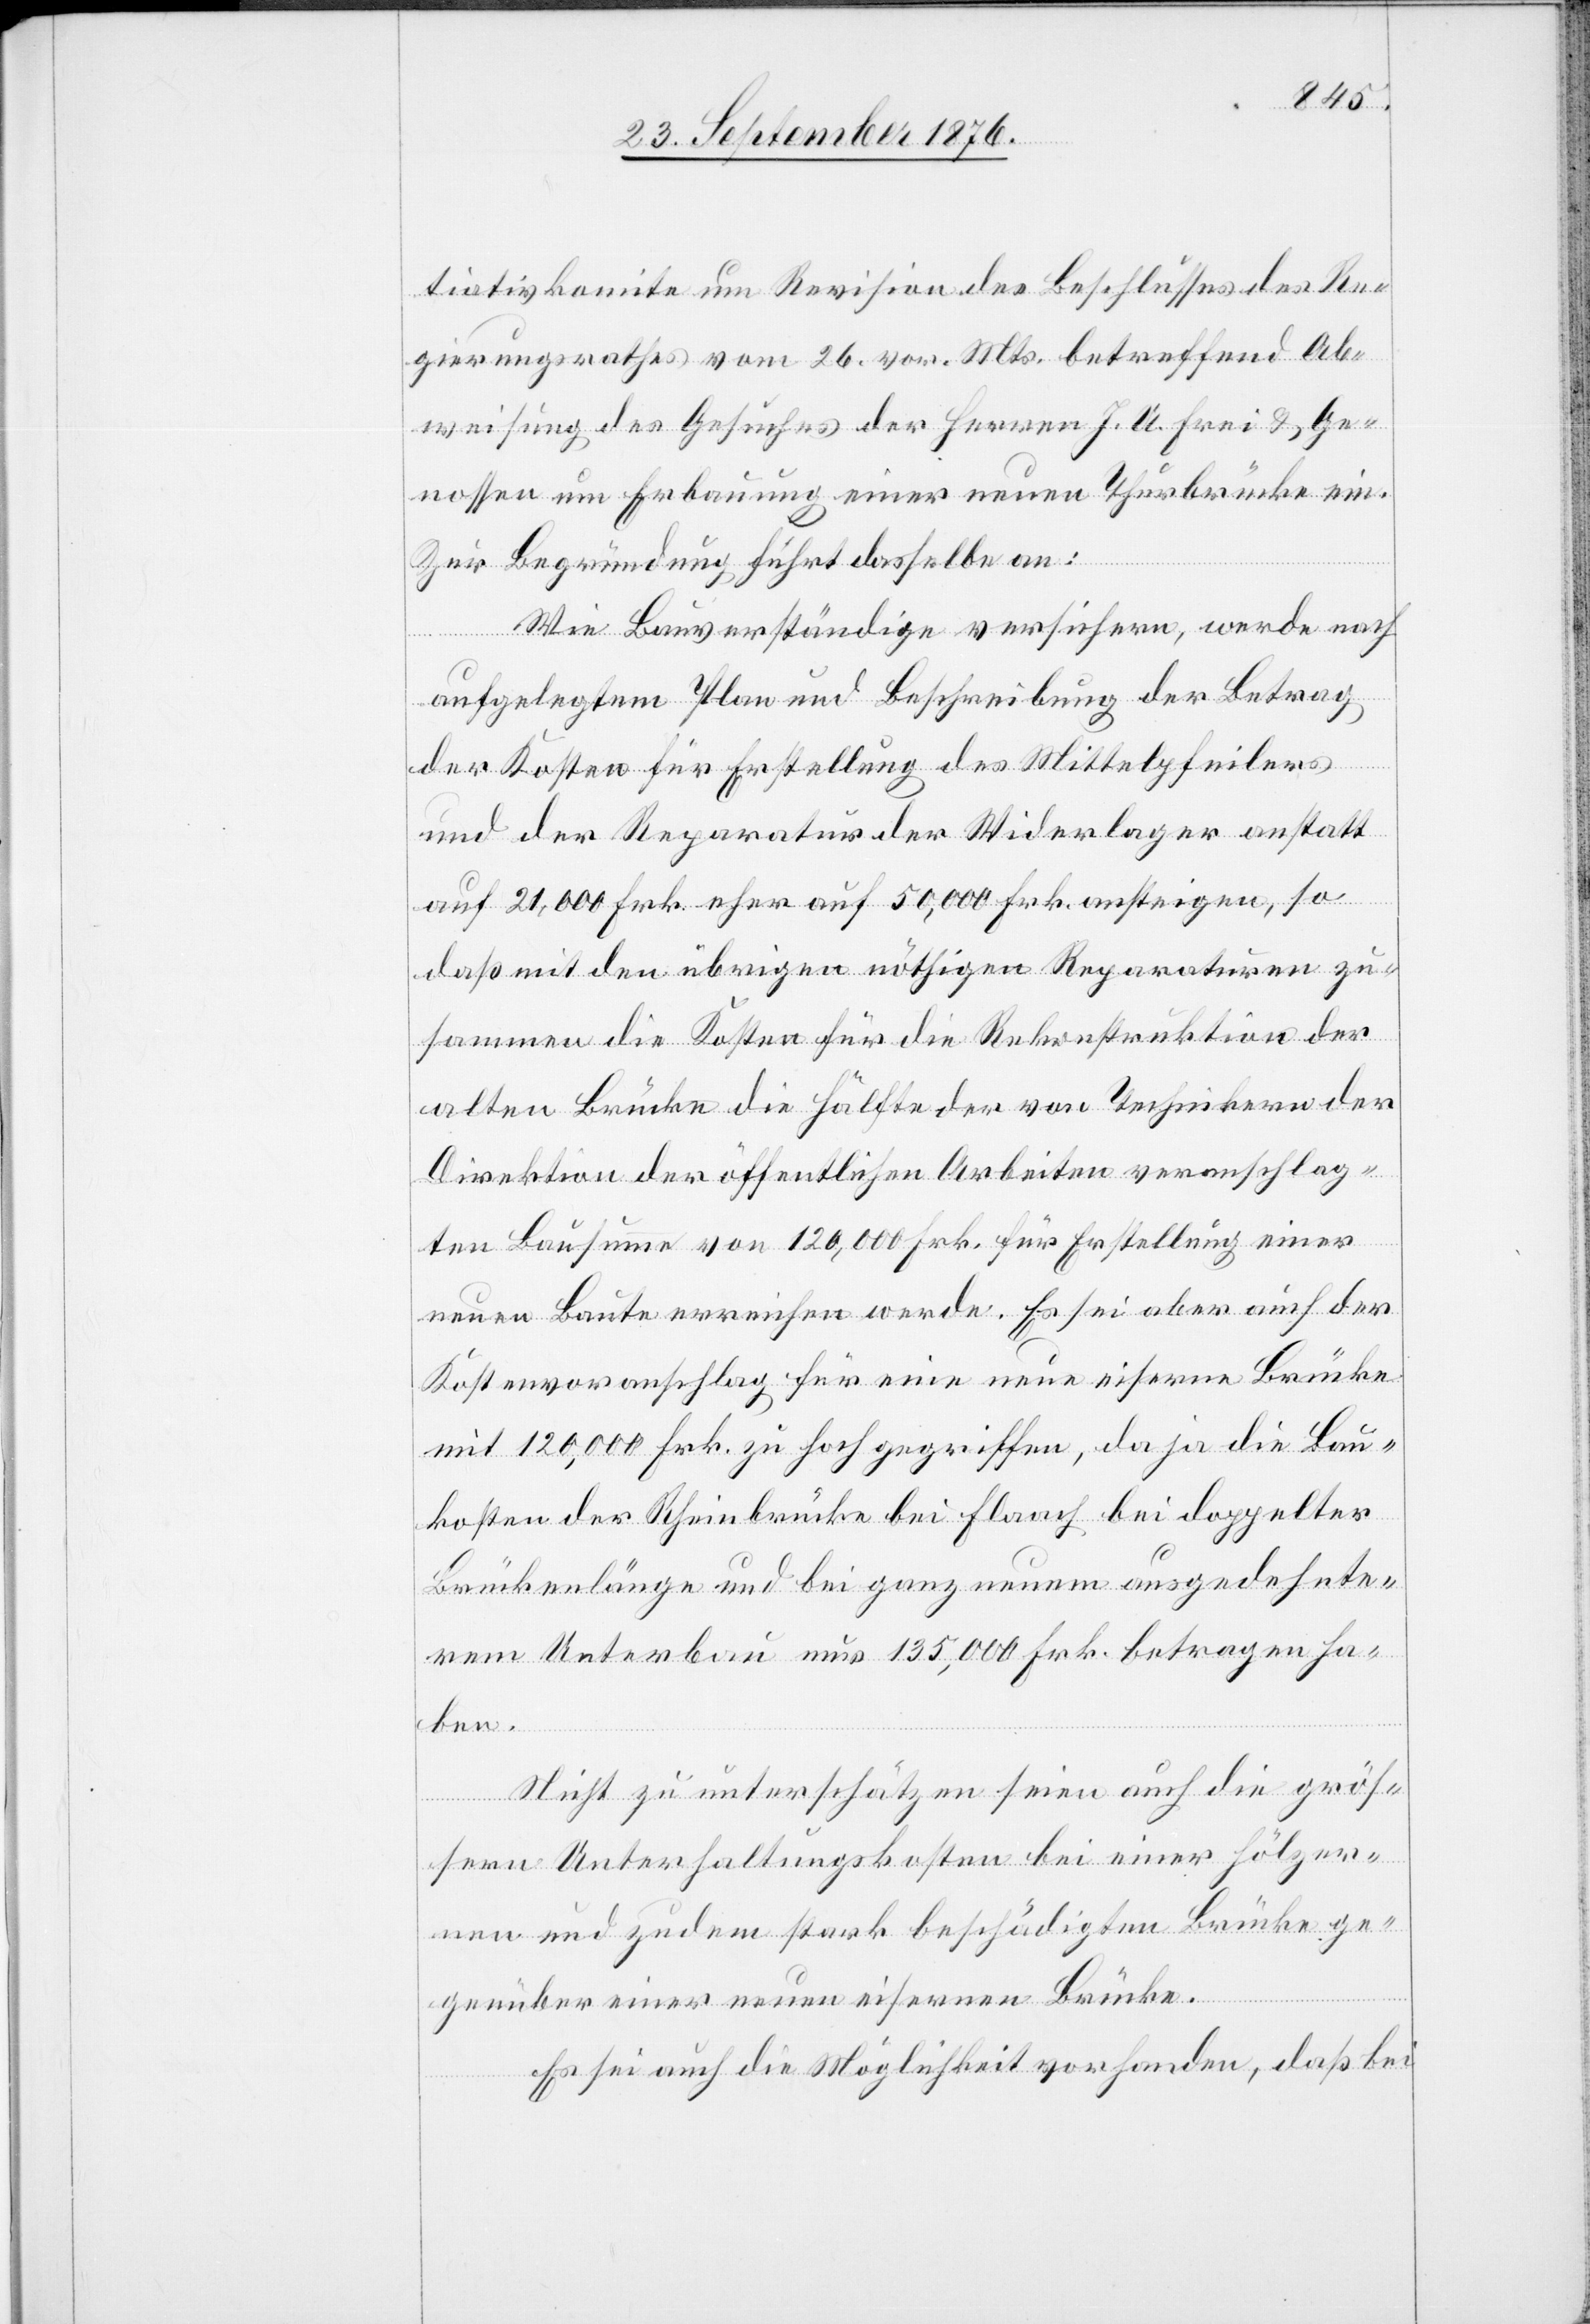
tiativkomite um Revision des Beschlusses des Re¬
gierungsrathes vom 26. vor. Mts. betreffend Ab¬
weisung des Gesuches der Herren J. A. Frei & Ge¬
nossen um Erbauung einer neuen Thurbrücke ein.
Zur Begründung führt dasselbe an:
Wie Bauverständige versichern, werde nach
aufgelegtem Plan und Beschreibung der Betrag
der Kosten für Erstellung des Mittelpfeilers
und der Reparatur der Widerlager anstatt
auf 21,000 Frk. eher auf 50,000 Frk. ansteigen, so
daß mit den übrigen nöthigen Reparaturen zu¬
sammen die Kosten für die Rekonstruktion der
alten Brücke die Hälfte der von Technikern der
Direktion der öffentlichen Arbeiten veranschlag¬
ten Bausumme von 120,000 Frk. für Erstellung einer
neuen Baute erreichen werde. Es sei aber auch der
Kostenvoranschlag für eine neue eiserne Brücke
mit 120,000 Frk. zu hoch gegriffen, da ja die Bau¬
kosten der Rheinbrücke bei Flaach bei doppelter
Brückenlänge und bei ganz neuem ausgedehnte¬
rem Unterbau nur 135,000 Frk. betragen ha¬
ben.
Nicht zu unterschätzen seien auch die größ¬
ern Unterhaltungskosten bei einer hölzer¬
nen und zudem stark beschädigten Brücke ge¬
genüber einer neuen eisernen Brücke.
Es sei auch die Möglichkeit vorhanden, daß bei